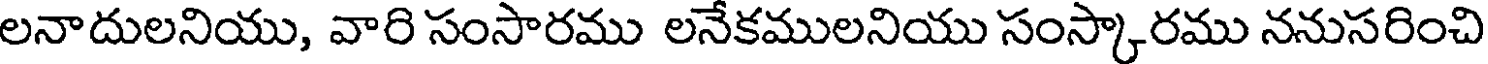
లనాదులనియు, వారి సంసారము లనేకములనియు సంస్కారము ననుసరించి